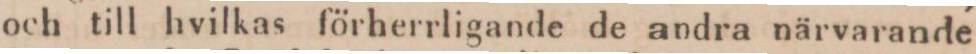
och till hvilkas förherrligande de andra närvarande